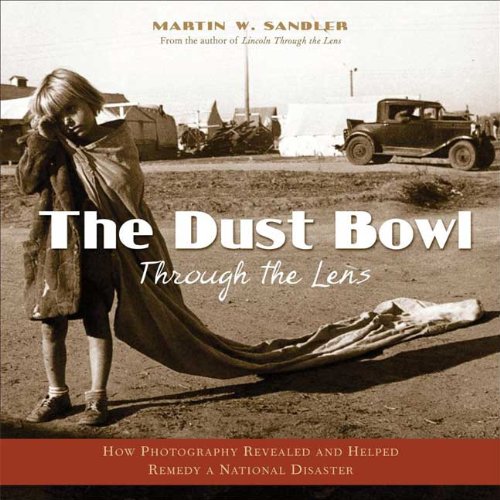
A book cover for The Dust Bowl Through the Lens: How Photography Revealed and Helped Remedy a National Disaster; Martin W. Sandler; Children's Books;